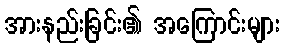
အားနည်းခြင်း၏ အကြောင်းများ